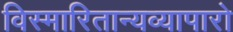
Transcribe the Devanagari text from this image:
विस्मारितान्यव्यापारो